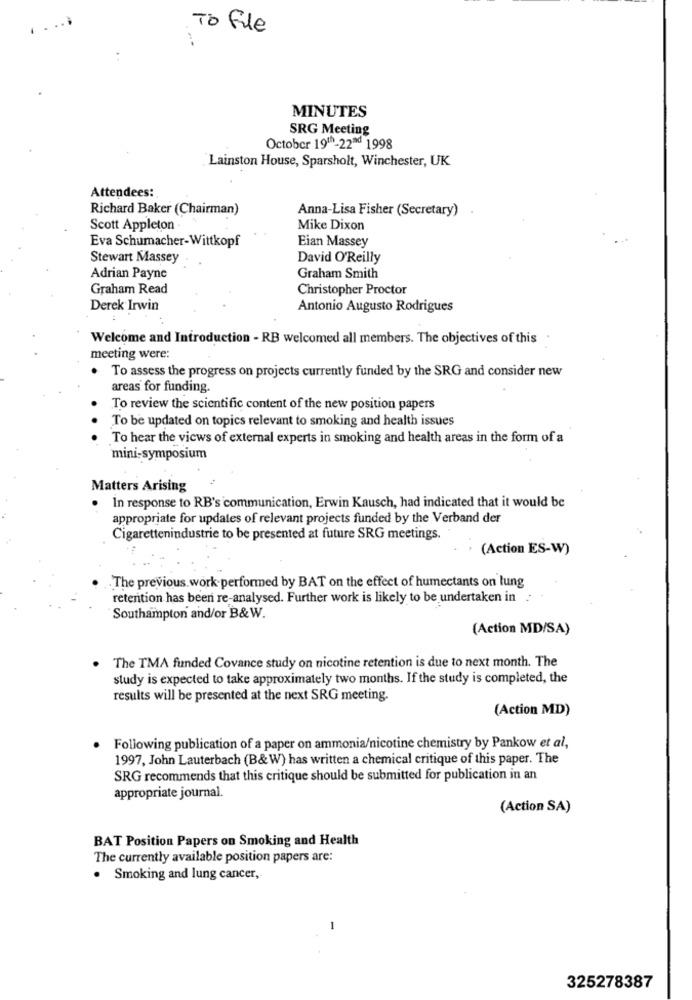
.....
To file
MINUTES
SRG Meeting
October 19th-22ªd 1998
Lainston House, Sparsholt, Winchester, UK
Attendees:
Richard Baker (Chairman)
Anna-Lisa Fisher (Secretary)
Scott Appleton
Mike Dixon
Eva Schumacher-Wittkopf
Eian Massey
Stewart Massey
David O'Reilly
Adrian Payne
Graham Smith
Graham Read
Christopher Proctor
Derek Irwin
Antonio Augusto Rodrigues
Welcome and Introduction - RB welcomed all members. The objectives of this.
meeting were:
. To assess the progress on projects currently funded by the SRG and consider new
areas for funding.
To review the scientific content of the new position papers
To be updated on topics relevant to smoking and health issues
To hear the views of external experts in smoking and health areas in the form of a
mini-symposium
Matters Arising
In response to RB's communication, Erwin Kausch, had indicated that it would be
appropriate for updates of relevant projects funded by the Verband der
Cigarettenindustrie to be presented at future SRG meetings.
(Action ES-W)
The previous work-performed by BAT on the effect of humectants on lung
retention has been re-analysed. Further work is likely to be undertaken in
Southampton and/or B& W.
(Action MD/SA)
The TMA funded Covance study on nicotine retention is due to next month. The
study is expected to take approximately two months. If the study is completed, the
results will be presented at the next SRG meeting.
(Action MD)
Following publication of a paper on ammonia/nicotine chemistry by Pankow et al,
1997, John Lauterbach (B&W) has written a chemical critique of this paper. The
SRG recommends that this critique should be submitted for publication in an
appropriate journal.
(Action SA)
BAT Position Papers on Smoking and Health
The currently available position papers are:
. Smoking and lung cancer,
-
325278387